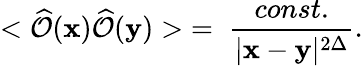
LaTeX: <\widehat{\cal O}({\mathbf x})\widehat{\cal O}({\mathbf y})>\; =\; \frac{const.}{|{\mathbf x}-{\mathbf y}|^{2\Delta}}.